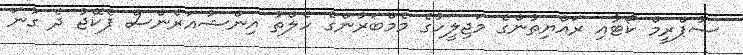
ސުޕްރީމް ކޯޓާއި ރައްޔިތުންގެ މަޖިލީހުގެ މެމްބަރުންގެ ހެލްތު އިންޝުއަރެންސް ޕެކޭޖު ދެ ގުނަ